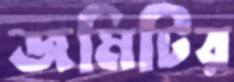
জমিটির